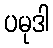
ပမုဒါ